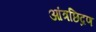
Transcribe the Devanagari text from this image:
आंत्रछिद्रण